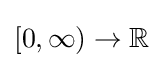
\textstyle [0,\infty )\to \mathbb {R}